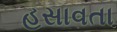
હસાવતા